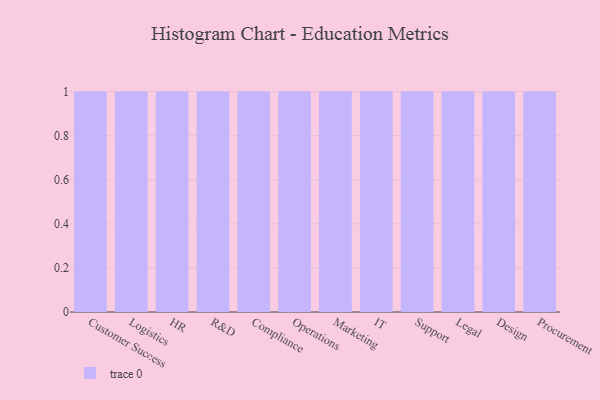
{"axis": {"x": "Department", "y": "Backlog"}, "legend": [""], "data": [{"x": "Customer Success", "y": 61, "type": ""}, {"x": "Logistics", "y": 35, "type": ""}, {"x": "HR", "y": 35, "type": ""}, {"x": "R&D", "y": 35, "type": ""}, {"x": "Compliance", "y": 78, "type": ""}, {"x": "Operations", "y": 64, "type": ""}, {"x": "Marketing", "y": 56, "type": ""}, {"x": "IT", "y": 25, "type": ""}, {"x": "Support", "y": 87, "type": ""}, {"x": "Legal", "y": 42, "type": ""}, {"x": "Design", "y": 49, "type": ""}, {"x": "Procurement", "y": 69, "type": ""}]}